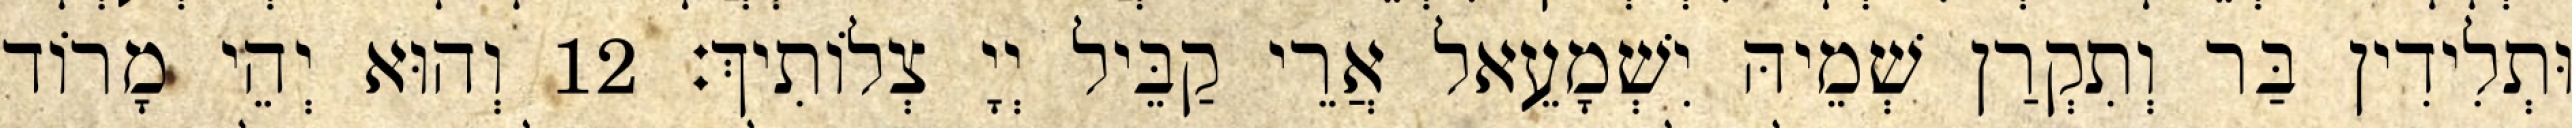
וּתְלִידִין בַּר וְתִקְרַן שְׁמֵיהּ יִשְׁמָעֵאל אֲרֵי קַבֵּיל יְיָ צְלוֹתִיךְ׃ 12 וְהוּא יְהֵי מָרוֹד